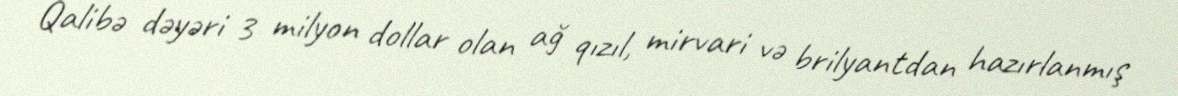
Qalibə dəyəri 3 milyon dollar olan ağ qızıl, mirvari və brilyantdan hazırlanmış